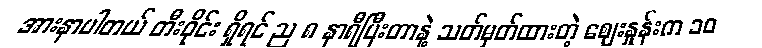
အားနာပါတယ် တီးဝိုင်း ရှိရင် ည ၈ နာရီပြီးတာနဲ့ သတ်မှတ်ထားတဲ့ ဈေးနှုန်းက ၁၀